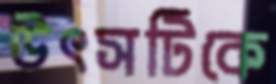
উৎসটিকে